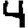
Digit: 4